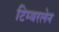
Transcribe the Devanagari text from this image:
टिम्बरलेन